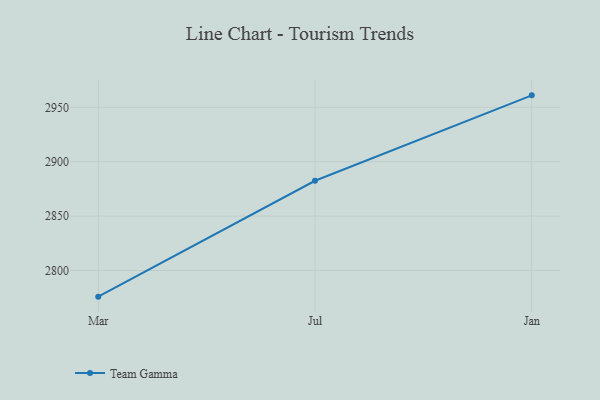
{"axis": {"x": "Month", "y": "Market Share (%)"}, "legend": ["Team Gamma"], "data": [{"x": "Mar", "y": 2776.0, "type": "Team Gamma"}, {"x": "Jul", "y": 2882.5, "type": "Team Gamma"}, {"x": "Jan", "y": 2961.0, "type": "Team Gamma"}]}